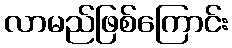
လာမည်ဖြစ်ကြောင်း